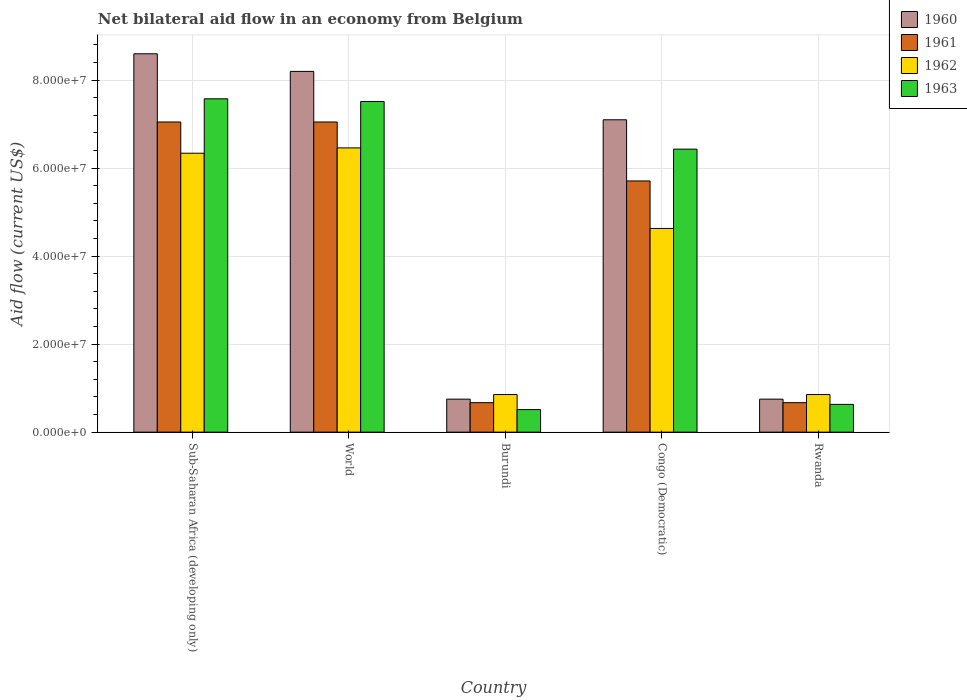
| Country | 1960 | 1961 | 1962 | 1963 |
 | --- | --- | --- | --- | --- |
 | Sub-Saharan Africa (developing only) | 8.6e+07 | 7.05e+07 | 6.34e+07 | 7.58e+07 |
 | World | 8.2e+07 | 7.05e+07 | 6.46e+07 | 7.52e+07 |
 | Burundi | 7.5e+06 | 6.7e+06 | 8.55e+06 | 5.13e+06 |
 | Congo (Democratic) | 7.1e+07 | 5.71e+07 | 4.63e+07 | 6.43e+07 |
 | Rwanda | 7.5e+06 | 6.7e+06 | 8.55e+06 | 6.31e+06 |